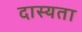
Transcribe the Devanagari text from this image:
दास्यता